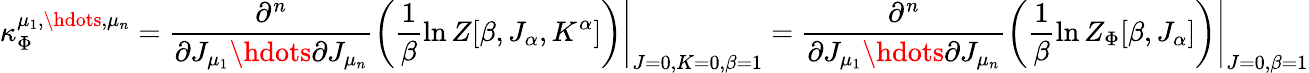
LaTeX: \kappa_{\Phi}^{\mu_{1},\hdots,\mu_{n}}=\frac{\partial^{n}}{\partial J_{\mu_{1}}\hdots\partial J_{\mu_{n}}}\left.\left(\frac{1}{\beta}\ln Z[\beta,J_{\alpha},K^{\alpha}]\right)\right|_{J=0,K=0,\beta=1}=\frac{\partial^{n}}{\partial J_{\mu_{1}}\hdots\partial J_{\mu_{n}}}\left.\left(\frac{1}{\beta}\ln Z_{\Phi}[\beta,J_{\alpha}]\right)\right|_{J=0,\beta=1}